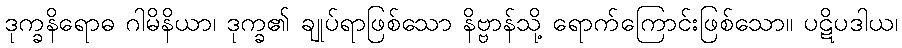
ဒုက္ခနိရောဓ ဂါမိနိယာ၊ ဒုက္ခ၏ ချုပ်ရာဖြစ်သော နိဗ္ဗာန်သို့ ရောက်ကြောင်းဖြစ်သော။ ပဋိပဒါယ၊